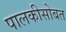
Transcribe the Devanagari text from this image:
पालकीसोबत